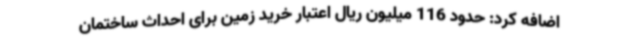
اضافه کرد: حدود 116 میلیون ریال اعتبار خرید زمین برای احداث ساختمان